Indian journal of veterinary science and animal husbandry - Volume 6,
Year: 1936
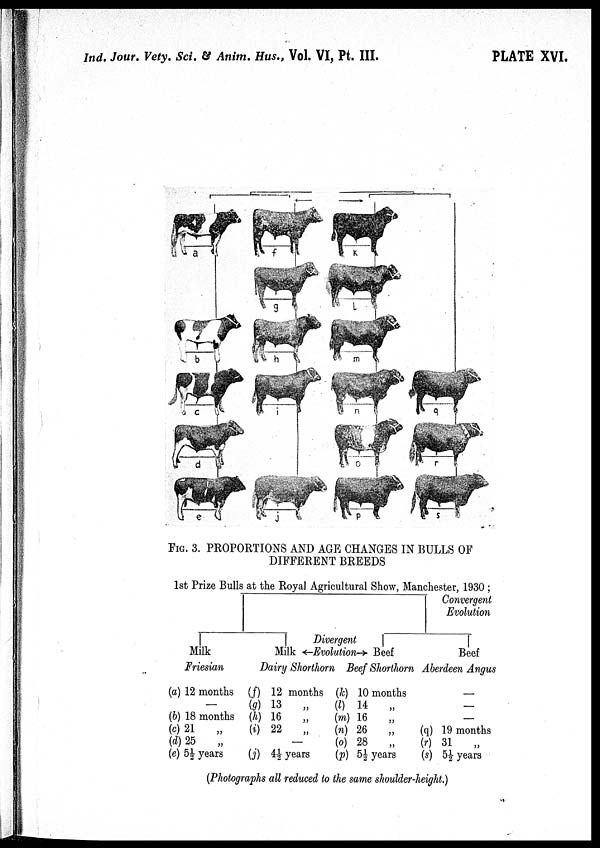
Ind. Jour. Vety. Sci. & Anim. Hus., Vol. VI, Pt. III.
PLATE XVI.
FIG. 3. PROPORTIONS AND AGE CHANGES IN BULLS OF
DIFFERENT BREEDS
(a) 12 months
—
(b) 18 months
(c) 21
„
(d) 25
„
(e) 5½ years
(f)
(g)
(h)
(i)
(j)
12 months
13
„
16
„
22
„
—
4½ years
(k)
(l)
(m)
(n)
(o)
(p)
10
14
16
26
28
5½
months
„
„
„
„
years
—
—
(q) 19 months
(r) 31 „
(s) 5½ years
(Photographs all reduced to the same shoulder-height.)